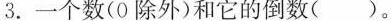
3.一个数(0除外)和它的倒数()。